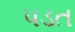
પડત